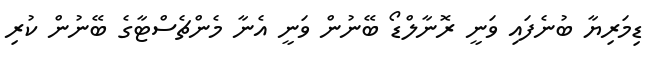
ޑިމަރިޔާ ބުނެފައި ވަނީ ރޮނާލްޑޯ ބޭނުން ވަނީ އެނާ މެންޗެސްޓާގެ ބޭނުން ކުރި